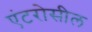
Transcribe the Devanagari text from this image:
एंटरोसील